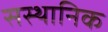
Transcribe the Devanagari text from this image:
सस्थानिक